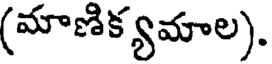
(మాణిక్యమాల).